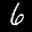
Label: 6